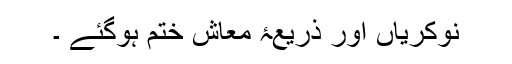
نوکریاں اور ذریعۂ معاش ختم ہوگئے ۔